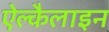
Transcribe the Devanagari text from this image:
ऐल्कैलाइन